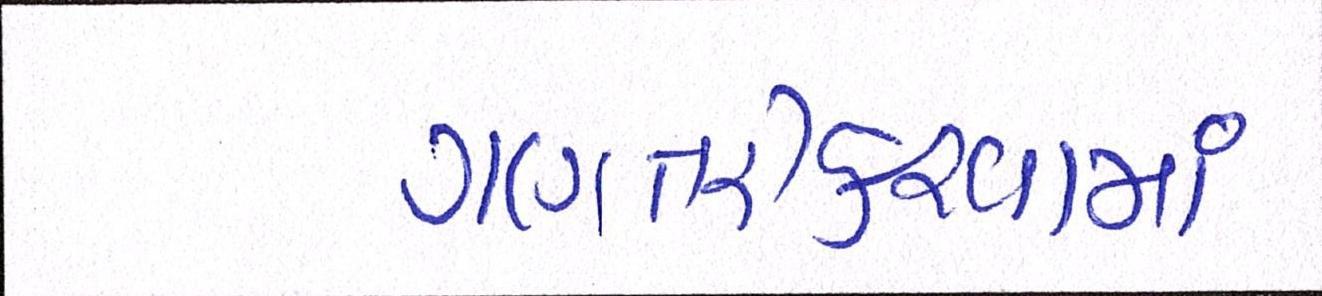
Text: ગણતરીકરવામાં